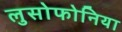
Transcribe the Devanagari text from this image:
लुसोफोनिया